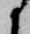
候